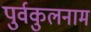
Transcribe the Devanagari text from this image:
पुर्वकुलनाम